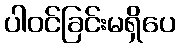
ပါဝင်ခြင်းမရှိပေ